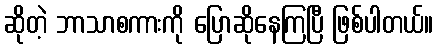
ဆိုတဲ့ ဘာသာစကားကို ပြောဆိုနေကြပြီ ဖြစ်ပါတယ်။